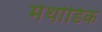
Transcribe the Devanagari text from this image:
मेथोडिक